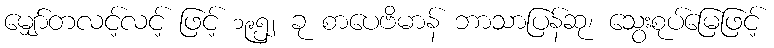
မျှော်တလင့်လင့် ဖြင့် ၁၉၅၂ ခု စာပေဗိမာန် ဘာသာပြန်ဆု၊ သွေးစုပ်မြေဖြင့်